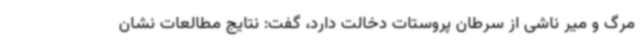
مرگ و میر ناشی از سرطان پروستات دخالت دارد، گفت: نتایج مطالعات نشان